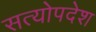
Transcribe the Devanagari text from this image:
सत्योपदेश